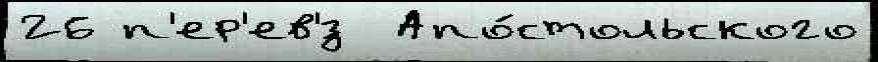
26 п'ер'ев'́з  Апо́стольского